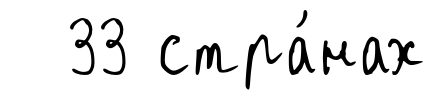
33 стра́нах